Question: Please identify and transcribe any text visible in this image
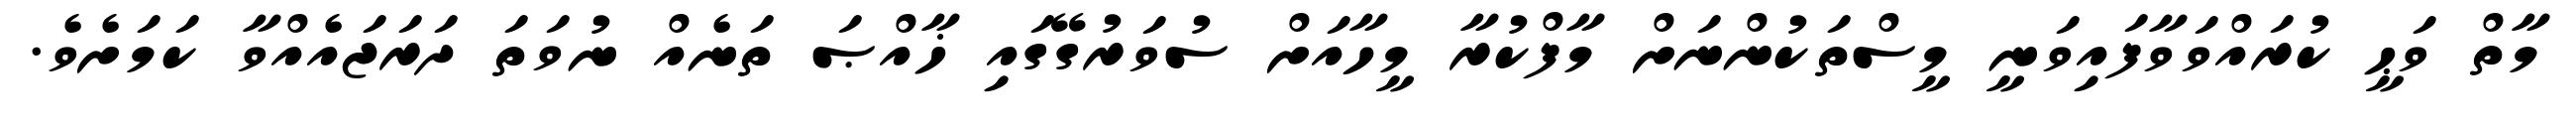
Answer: މާތް ވަޙީ ކުރައްވަވާފައިވަނީ މީސްތަކުންނަށް މާފްކުރާ މީހާއަށް ސުވަރުގޭގައި ޚާއްޞަ ތަނެއް ނުވަތަ ދަރަޖައެއްވާ ކަމަށެވެ.